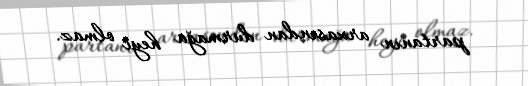
partanın arxasından durmağa heyi olmaz.